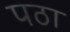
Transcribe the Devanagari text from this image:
पठा